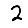
Digit: 2